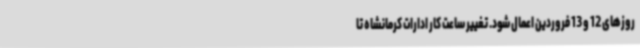
روزهای 12 و 13 فروردین اعمال شود. تغییر ساعت کار ادارات کرمانشاه تا